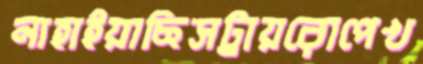
নাহাইয়াছিসট্রায়রোপেখ